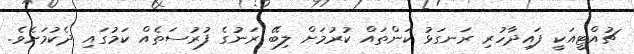
ޗުއްޓީއަކީ ފައިދާހުރި ރަނގަޅު ކަންތައް ކުރުމަށް ލިބޭ ރަނުގެ ފުރުސަތެއް ކަމުގައި ދެކުމަށެވެ.